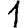
Digit: 1